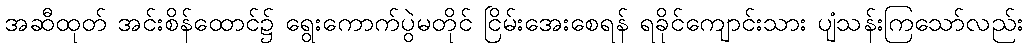
အဆီထုတ် အင်းစိန်ထောင်၌ ရွေးကောက်ပွဲမတိုင် ငြိမ်းအေးစေရန် ရခိုင်ကျောင်းသား ပျံသန်းကြသော်လည်း